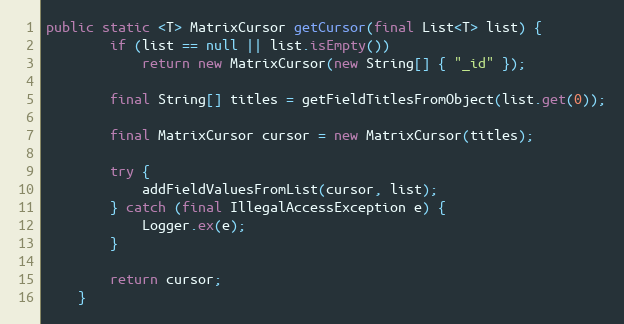
Language: Java
public static <T> MatrixCursor getCursor(final List<T> list) {
        if (list == null || list.isEmpty())
            return new MatrixCursor(new String[] { "_id" });

        final String[] titles = getFieldTitlesFromObject(list.get(0));

        final MatrixCursor cursor = new MatrixCursor(titles);

        try {
            addFieldValuesFromList(cursor, list);
        } catch (final IllegalAccessException e) {
            Logger.ex(e);
        }

        return cursor;
    }